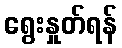
ရွေးနှုတ်ရန်